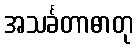
အသင်္ခတာဓာတု